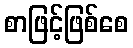
စာဖြင့်ဖြစ်စေ